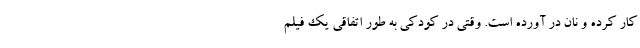
کار کرده و نان در آورده است. وقتی در کودکی به طور اتفاقی یک فیلم